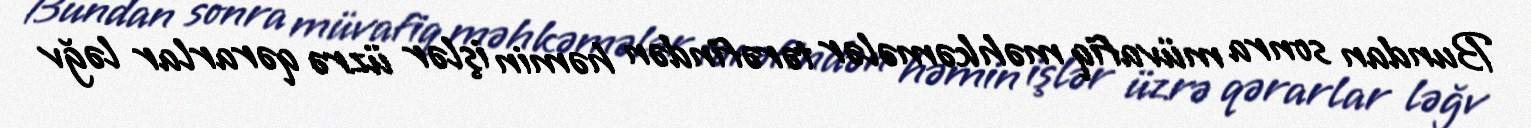
Bundan sonra müvafiq məhkəmələr tərəfindən həmin işlər üzrə qərarlar ləğv